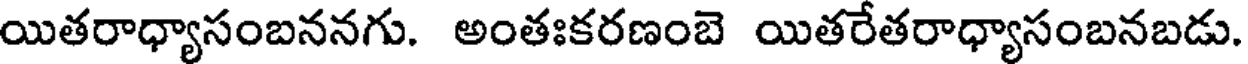
యితరాధ్యాసంబననగు. అంతఃకరణంబె యితరేతరాధ్యాసంబనబడు.